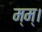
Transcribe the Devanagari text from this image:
म्म्।